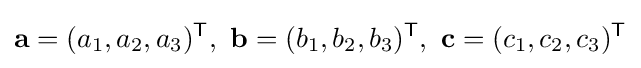
\mathbf {a} =(a_{1},a_{2},a_{3})^{\mathsf {T}},~\mathbf {b} =(b_{1},b_{2},b_{3})^{\mathsf {T}},~\mathbf {c} =(c_{1},c_{2},c_{3})^{\mathsf {T}}